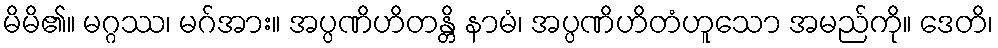
မိမိ၏။ မဂ္ဂဿ၊ မဂ်အား။ အပ္ပဏိဟိတန္တိ နာမံ၊ အပ္ပဏိဟိတံဟူသော အမည်ကို။ ဒေတိ၊